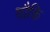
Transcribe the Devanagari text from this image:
चौकि